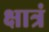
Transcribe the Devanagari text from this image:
क्षात्रं